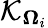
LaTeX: \mathcal{K}_{\mathbf{\Omega}_{i}}